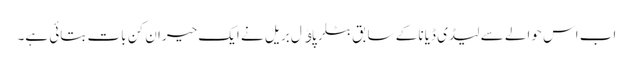
اب اس حوالے سے لیڈی ڈیانا کے سابق بٹلر پاﺅل بریل نے ایک حیران کن بات بتائی ہے۔